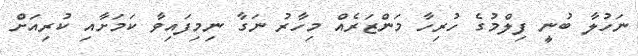
ނަހުލާ ބުނީ ފިލްމުގެ ހުރިހާ މަންޒަރެއް މިހާރު ނަގާ ނިމިފައިވާ ކަމަށާއި ކުރިއަށް